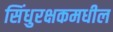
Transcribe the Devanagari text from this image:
सिंधुरक्षकमधील